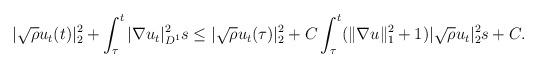
LaTeX: \begin{align*}&|\sqrt{\rho}u_t(t)|^2_2 +\int_{\tau}^{t}|\nabla u_t|^2_{D^1}s\leq |\sqrt{\rho}u_t(\tau)|^2_2+C\int_{\tau}^{t}(\|\nabla u\|^2_1+1) |\sqrt{\rho}u_t|^2_2 s+C.\end{align*}